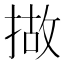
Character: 𢰴